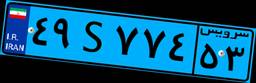
۴۹S۷۷۴۵۳